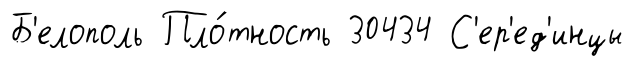
Б'елополь Пло́тность 30434 С'ер'ед'инцы